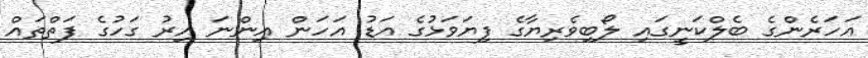
އަހަރެންގެ ބެލްކަނީގައި ލޯބިވެރިޔާގެ ފިޔަވަޅުގެ އަޑު އަހަން އިންނަ އިރު ގަހުގެ ފަތްތައް